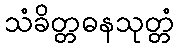
သံခိတ္တဓနသုတ္တံ